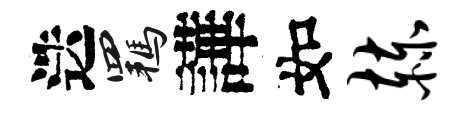
迭羈譁如赫